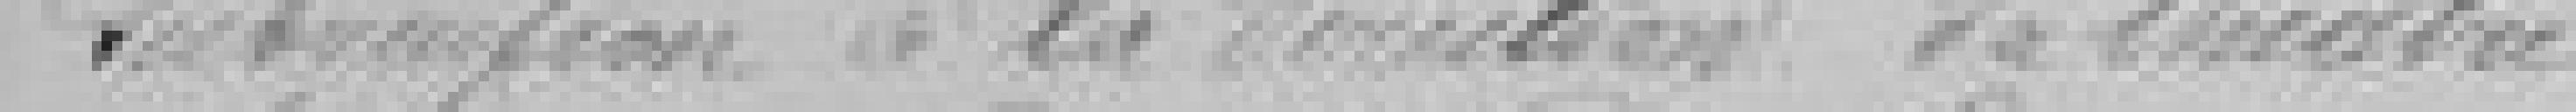
du théâtre